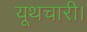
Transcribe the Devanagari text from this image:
यूथचारी।